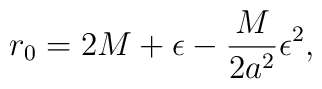
r_0=2M+\epsilon-\frac{M}{2a^2}\epsilon^2,